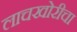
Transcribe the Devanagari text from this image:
लाचखोरीचा